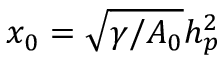
x _ { 0 } = \sqrt { \gamma / A _ { 0 } } h _ { p } ^ { 2 }